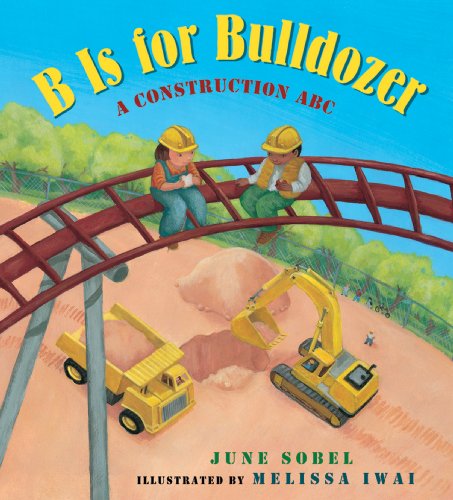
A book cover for B Is for Bulldozer Board Book: A Construction ABC; June Sobel; Children's Books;